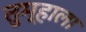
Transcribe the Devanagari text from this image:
तुम्‍हाला